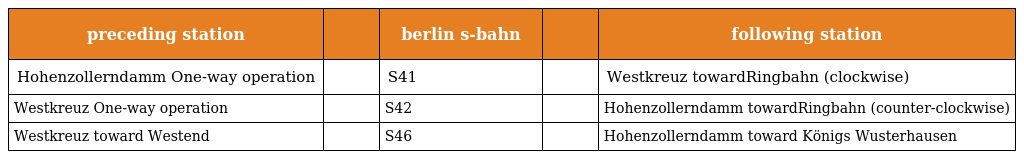
| preceding station |  | berlin s-bahn |  | following station |
 | --- | --- | --- | --- | --- |
 | Hohenzollerndamm One-way operation |  | S41 |  | Westkreuz towardRingbahn (clockwise) |
 | Westkreuz One-way operation |  | S42 |  | Hohenzollerndamm towardRingbahn (counter-clockwise) |
 | Westkreuz toward Westend |  | S46 |  | Hohenzollerndamm toward Königs Wusterhausen |